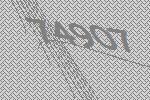
74907